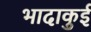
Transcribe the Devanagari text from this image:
भादाकुई